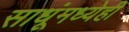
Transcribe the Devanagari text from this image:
साधूंमध्येही